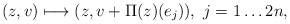
LaTeX: \begin{align*} (z,v)\longmapsto (z, v+ \Pi(z)(e_j)),\ j=1\ldots 2n,\end{align*}